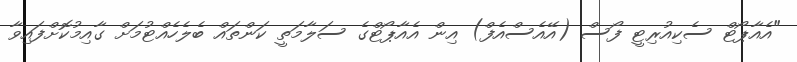
"އެއާޕޯޓް ސެކިއުރިޓީ ފޯސް (އޭއެސްއެފް) އިން އެއާޕޯޓްގެ ސަލާމަތީ ކަންތައް ބެލެހެއްޓުމަށް ގާއިމުކޮށްފައިވާ